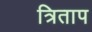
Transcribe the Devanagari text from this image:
त्रिताप